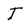
Character: T